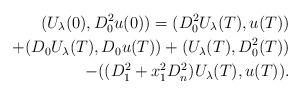
LaTeX: \begin{align*}(U_{\lambda}(0), D_0^2u(0))=(D_0^2U_{\lambda}(T),u(T))\\+(D_0U_{\lambda}(T), D_0u(T))+(U_{\lambda}(T),D_0^2(T))\\-((D_1^2+x_1^2D_n^2)U_{\lambda}(T),u(T)).\end{align*}